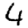
Digit: 4